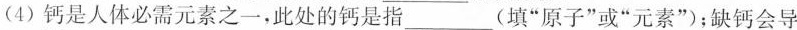
(4)钙是人体必需元素之一，此处的钙是指(填”原子”或”元素”)；缺钙会导